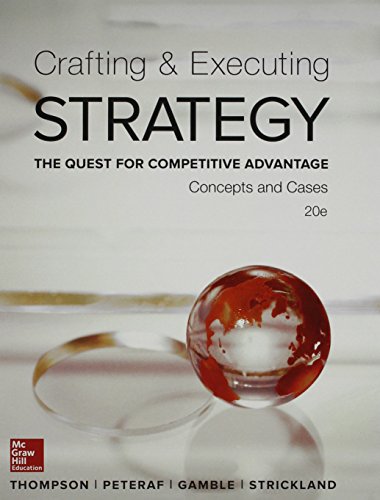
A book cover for Crafting & Executing Strategy: The Quest for Competitive Advantage:  Concepts and Cases; Arthur Thompson; Business & Money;